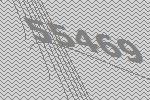
55469